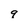
Character: q